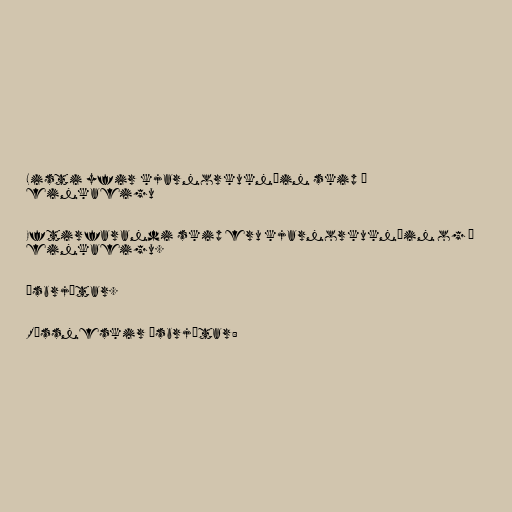
Listi yfir kjarnorkuknúin skip í
einkaeigu

Eftirfarandi skip eru kjarnorkuknúin og í
einkaeigu.

Ísbrjótar.

Rússneskir ísbrjótar: